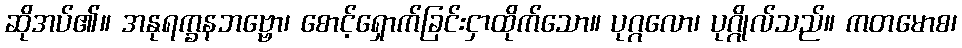
ဆိုအပ်၏။ အနုရက္ခနဘဗ္ဗော၊ စောင့်ရှောက်ခြင်းငှာထိုက်သော။ ပုဂ္ဂလော၊ ပုဂ္ဂိုလ်သည်။ ကတမောစ၊